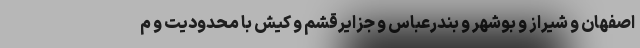
اصفهان و شیراز و بوشهر و بندرعباس و جزایرقشم و کیش با محدودیت و م